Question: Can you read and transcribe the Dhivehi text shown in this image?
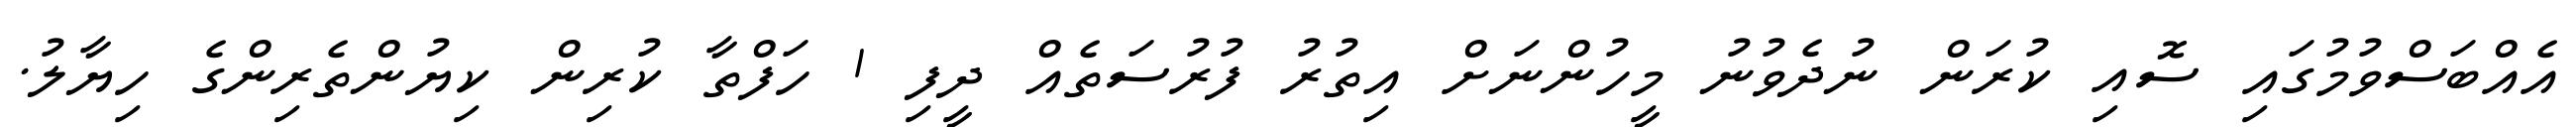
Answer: އެއްބަސްވުމުގައި ސޮއި ކުރަން ނުދެވުނު މީހުންނަށް އިތުރު ފުރުސަތެއް ދީފި 1 ހަފްތާ ކުރިން ކިޔުންތެރިންގެ ހިޔާލު.